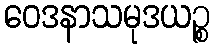
ဝေဒနာသမုဒယဉ္စ